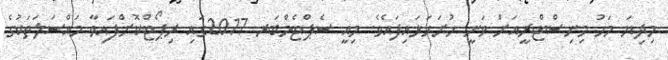
މިދިޔަ މަހު މިނިސްޓްރީއަށް ވަނީ ހުށަހަޅައިފައެވެ. މިއީ ސެޕްޓެމްބަރ 2017ގައި ރިޕޯޓްކޮށްފައިވާ މައްސަލަތަކުގެ